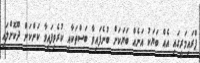
ޕްރައިމަރީގައި އެއް ބަޔަކު އަނެއް ބަޔަކަށް ބުނެފައިވާ ބަސްތަކާއި ކުރެވިފައިވާ ކަންކަން ދޫކޮށްލައި